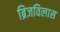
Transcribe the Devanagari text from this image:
ब्रिजविलास